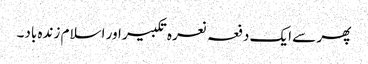
پھر سے ایک دفعہ نعرہ تکبیر اور اسلام زندہ باد۔